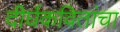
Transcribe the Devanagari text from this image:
दीर्घकवितांचा